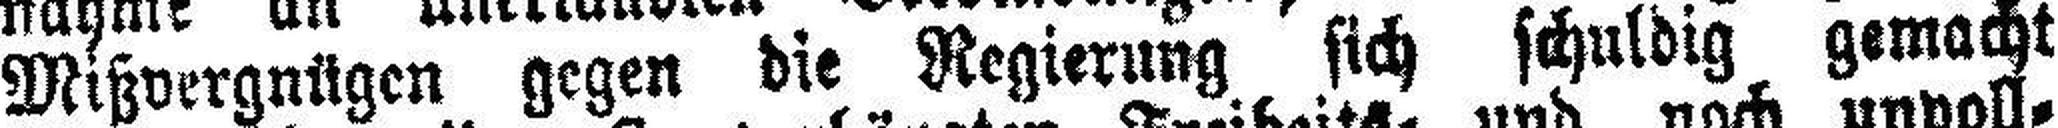
Mißvergnügen gegen die Regierung sich schuldig gemacht